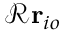
{ \mathcal { R } } \mathbf { r } _ { i o }